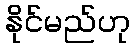
နိုင်မည်ဟု